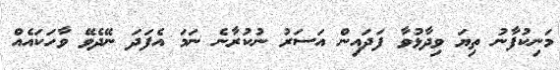
މަނިކުފާނު ތިޔަ ވިދާޅުވާ ފަދައިން އަސަރު ނުކުރާނެ ނަމަ އެފަދަ ނޭދެވޭ ވާހަކައެއް